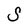
Character: S